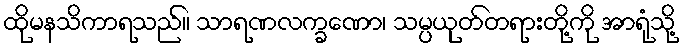
ထိုမနသိကာရသည်။ သာရဏလက္ခဏော၊ သမ္ပယုတ်တရားတို့ကို အာရုံသို့